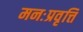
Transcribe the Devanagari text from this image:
मनःप्रवृत्ति